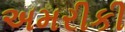
અમરીકી